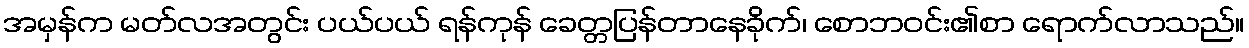
အမှန်က မတ်လအတွင်း ပယ်ပယ် ရန်ကုန် ခေတ္တပြန်တာနေခိုက်၊ စောဘဝင်း၏စာ ရောက်လာသည်။